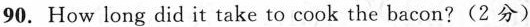
90. How long did it take to cook the bacon?(2分)